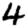
Digit: 4